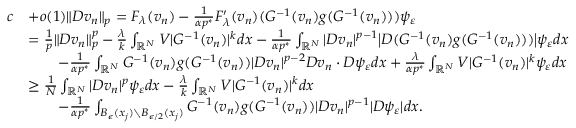
\begin{array} { r l } { c } & { + o ( 1 ) \| D v _ { n } \| _ { p } = F _ { \lambda } ( v _ { n } ) - \frac { 1 } { \alpha p ^ { * } } F _ { \lambda } ^ { \prime } ( v _ { n } ) ( G ^ { - 1 } ( v _ { n } ) g ( G ^ { - 1 } ( v _ { n } ) ) ) \psi _ { \varepsilon } } \\ & { = \frac { 1 } { p } \| D v _ { n } \| _ { p } ^ { p } - \frac { \lambda } { k } \int _ { \mathbb { R } ^ { N } } V | G ^ { - 1 } ( v _ { n } ) | ^ { k } d x - \frac 1 { \alpha p ^ { * } } \int _ { \mathbb { R } ^ { N } } | D v _ { n } | ^ { p - 1 } \bigl | D ( G ^ { - 1 } ( v _ { n } ) g ( G ^ { - 1 } ( v _ { n } ) ) ) \bigr | \psi _ { \varepsilon } d x } \\ & { \qquad - \frac 1 { \alpha p ^ { * } } \int _ { \mathbb { R } ^ { N } } G ^ { - 1 } ( v _ { n } ) g ( G ^ { - 1 } ( v _ { n } ) ) | D v _ { n } | ^ { p - 2 } D v _ { n } \cdot D \psi _ { \varepsilon } d x + \frac { \lambda } { \alpha p ^ { * } } \int _ { \mathbb { R } ^ { N } } V | G ^ { - 1 } ( v _ { n } ) | ^ { k } \psi _ { \varepsilon } d x } \\ & { \ge \frac { 1 } { N } \int _ { \mathbb { R } ^ { N } } | D v _ { n } | ^ { p } \psi _ { \varepsilon } d x - \frac { \lambda } { k } \int _ { \mathbb R ^ { N } } V | G ^ { - 1 } ( v _ { n } ) | ^ { k } d x } \\ & { \qquad - \frac 1 { \alpha p ^ { * } } \int _ { B _ { \epsilon } ( x _ { j } ) \setminus B _ { \epsilon / 2 } ( x _ { j } ) } G ^ { - 1 } ( v _ { n } ) g ( G ^ { - 1 } ( v _ { n } ) ) | D v _ { n } | ^ { p - 1 } | D \psi _ { \varepsilon } | d x . } \end{array}